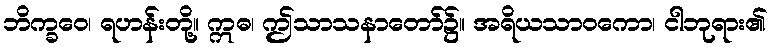
ဘိက္ခဝေ၊ ရဟန်းတို့။ ဣဓ၊ ဤသာသနာတော်၌။ အရိယသာဝကော၊ ငါဘုရား၏